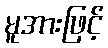
မူအားဖြင့်